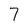
Character: 7